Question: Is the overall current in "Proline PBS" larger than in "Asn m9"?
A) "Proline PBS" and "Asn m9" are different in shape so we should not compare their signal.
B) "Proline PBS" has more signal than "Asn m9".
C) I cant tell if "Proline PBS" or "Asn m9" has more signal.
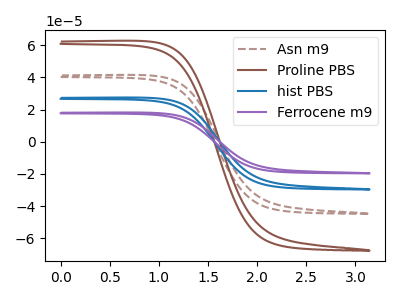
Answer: <think>The brown dashed curve "Asn m9" has no peaks. The brown curve "Proline PBS" has no peaks. The blue curve "hist PBS" has no peaks. The purple curve "Ferrocene m9" has no peaks.
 Neither "Proline PBS" or "Asn m9" have any peaks.</think>
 <answer>C) I cant tell if "Proline PBS" or "Asn m9" has more signal.</answer>
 <eval>C</eval>